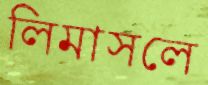
লিমাসলে